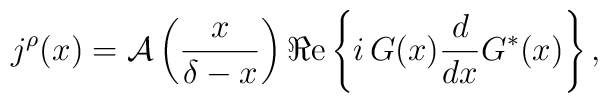
j^{\rho }(x) ={\cal A}\left(\frac{x}{\delta-x}\right)\Re \mbox{e}\left\{i\,G(x)\frac{d}{dx}G^{\ast }(x)\right\},